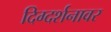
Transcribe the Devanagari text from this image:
दिग्दर्शनावर